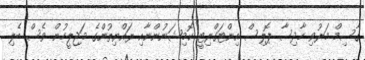
ގާސިމް މަރުވި ހާދިސާ ޕޮލިސް އިންޓަގްރިޓީ ކޮމިޝަނުންނާއި ރައްޔިތުންގެ މަޖިލީހުން ވެސް ބެލި